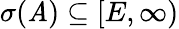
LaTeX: \sigma(\mathit{A})\subseteq[E,\infty)